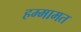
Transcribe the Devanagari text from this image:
हम्मामत